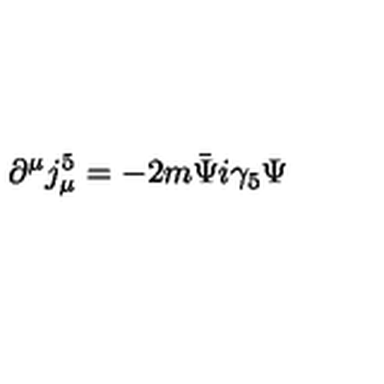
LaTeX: \partial ^ { \mu } j _ { \mu } ^ { 5 } = - 2 m \bar { \Psi } i \gamma _ { 5 } \Psi